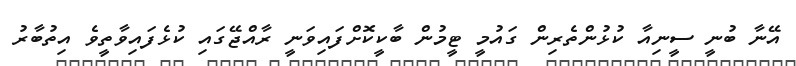
އޭނާ ބުނީ ސީނިއާ ކުޅުންތެރިން ގައުމީ ޓީމުން ބާކީކޮށްފައިވަނީ ރާއްޖޭގައި ކުޅެފައިވާތީވެ އިތުބާރު